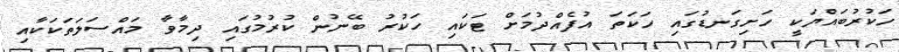
ހަކުރުބައްޔަކީ ހަށިގަނޑުގައި ހަކަތަ އުފެއްދުމަށް ޓަކައި ހަކުރު ބޭނުން ކުރުމުގައި ދިމާވާ މައްސަލަތަކަކާއި